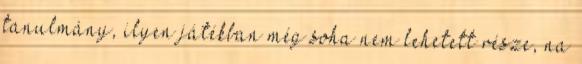
tanulmány, ilyen játékban még soha nem lehetett része, na